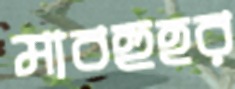
মাবহুহর